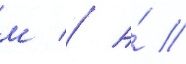
м // А́ //